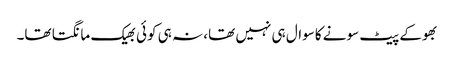
بھوکے پیٹ سونے کاسوال ہی نہیں تھا، نہ ہی کوئی بھیک مانگتا تھا۔